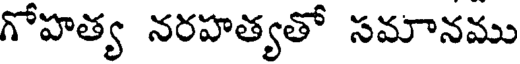
గోహత్య నరహత్యతో సమానము